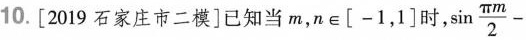
10.[2019石家庄市二模]已知当m，n\in \left [-1，1\right]时， $$\sin \frac{\pi m}{2}-$$